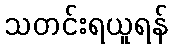
သတင်းရယူရန်